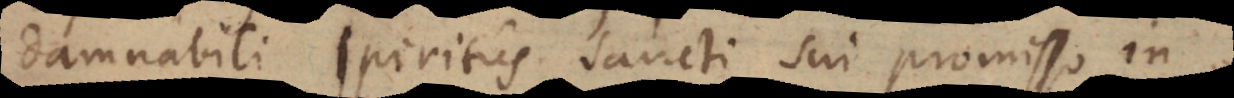
damnabili spiritus sancti sui promisso in